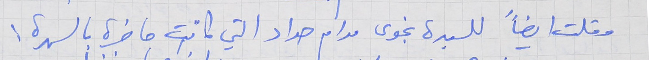
وقلت ايضاً للسيدة نجوى مدام حداد التي كانت حاضرة بالسهرة :